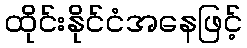
ထိုင်းနိုင်ငံအနေဖြင့်